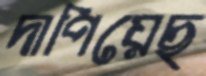
দাপিয়েছ